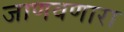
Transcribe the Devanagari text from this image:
जाणवणारा